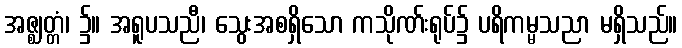
အဇ္ဈတ္တံ၊ ၌။ အရူပသညီ၊ သွေးအစရှိသော ကသိုဏ်းရုပ်၌ ပရိကမ္မသညာ မရှိသည်။